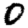
Digit: 0